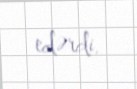
edərdi.